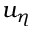
u _ { \eta }